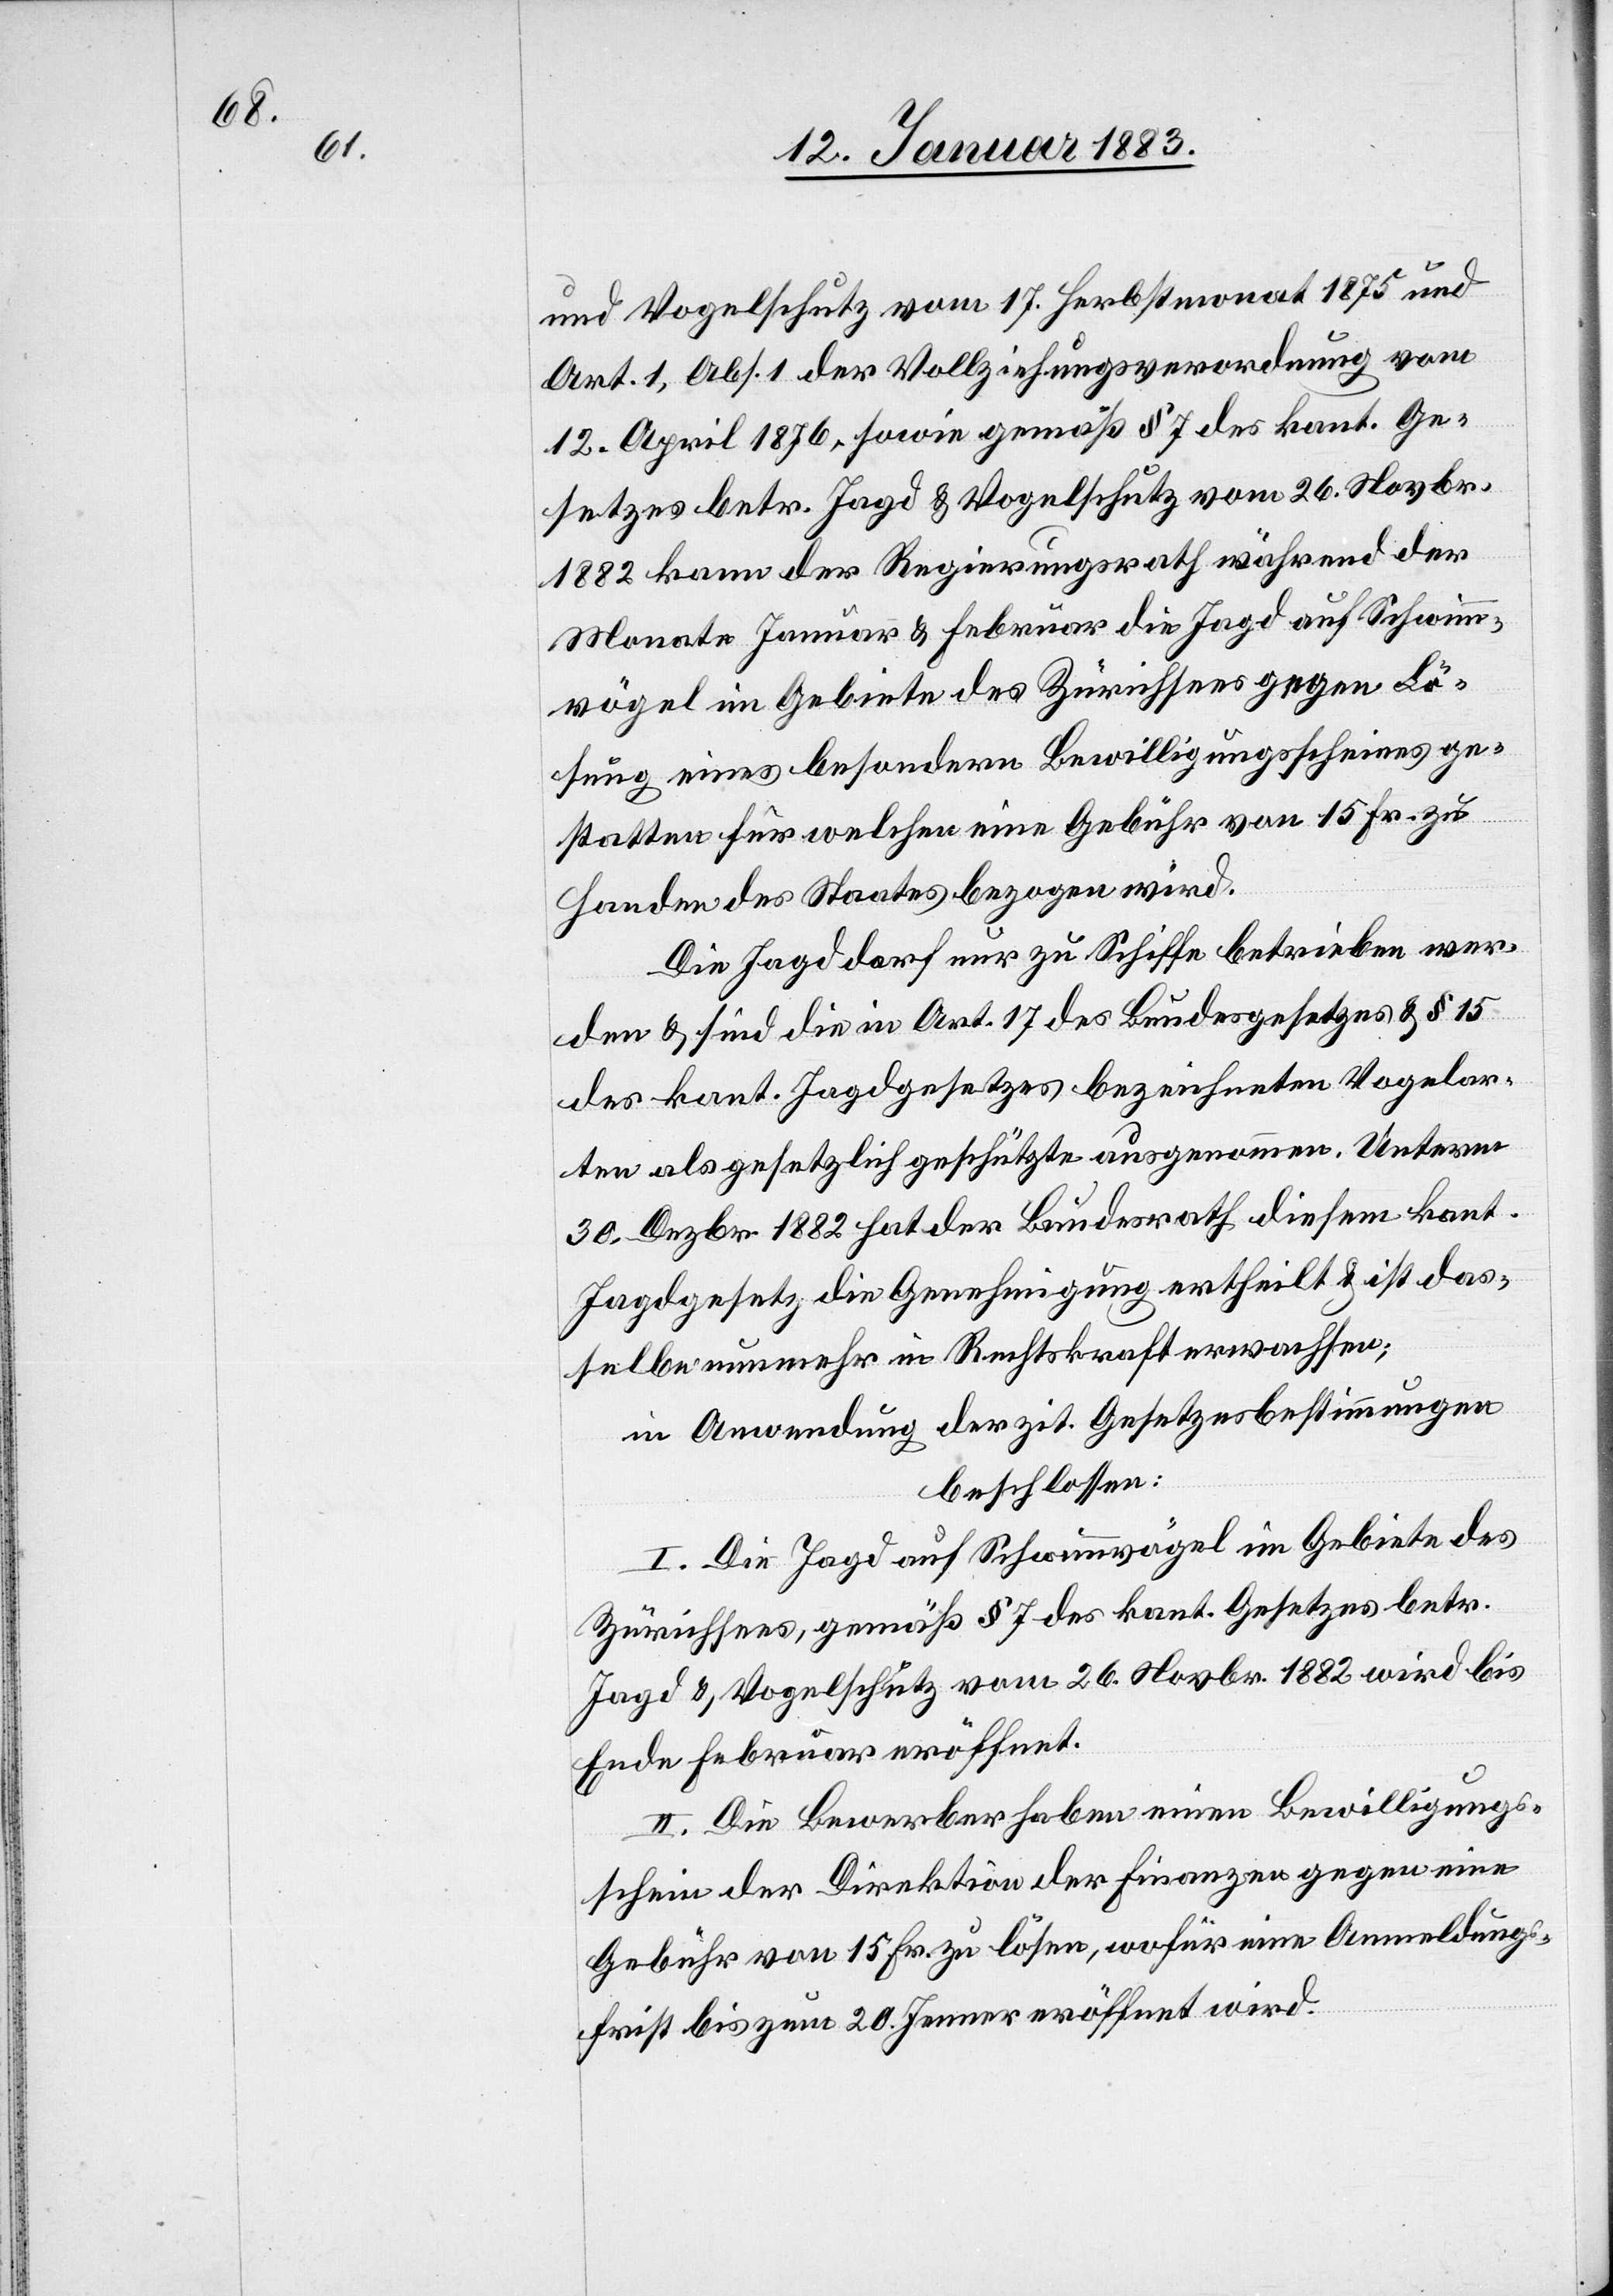
und Vogelschutz vom 17. Herbstmonat 1875 und
Art. 1, Abs. 1 der Vollziehungsverordnung vom
12. April 1876, sowie gemäß § 7 des. kant. Ge¬
setzes betr. Jagd & Vogelschutz vom 26. Novbr.
1882 kann der Regierungsrath während der
Monate Januar & Februar die Jagd auf Schwimm¬
vögel im Gebiete des Zürichsees gegen Lö¬
sung eines besondern Bewilligungsscheines ge¬
statten für welchen eine Gebühr von 15 Fr. zu
Handen des Staates bezogen wird.
Die Jagd darf nur zu Schiffe betrieben wer¬
den & sind die in Art. 17 des Bundesgesetzes & § 15
des kant. Jagdgesetzes bezeichneten Vogelar¬
ten als gesetzlich geschützte ausgenommen. Unterm
30. Dezbr. 1882 hat der Bundesrath diesem kant.
Jagdgesetz die Genehmigung ertheilt & ist das¬
selbe nunmehr in Rechtskraft erwachsen;
in Anwendung der zit. Gesetzesbestimmungen
beschlossen:
I. Die Jagd auf Schwimmvögel im Gebiete des
Zürichsees, gemäß § 7 des kant. Gesetzes betr.
Jagd & Vogelschutz vom 26. Novbr. 1882 wird bis
Ende Februar eröffnet.
II. Die Bewerber haben einen Bewilligungs¬
schein der Direktion der Finanzen gegen eine
Gebühr von 15 Fr. zu lösen, wofür eine Anmeldungs¬
frist bis zum 20. Jenner eröffnet wird.